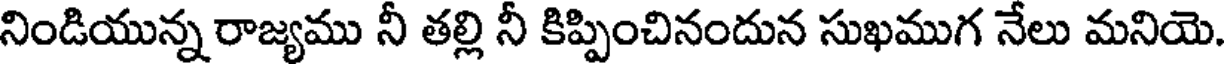
నిండియున్న రాజ్యము నీ తల్లి నీ కిప్పించినందున సుఖముగ నేలు మనియె.